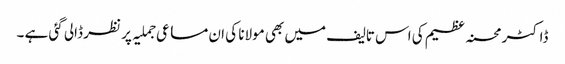
ڈاکٹر محسنہ عظیم کی اس تالیف میں بھی مولانا کی ان مساعی جملیہ پر نظر ڈالی گئی ہے ۔